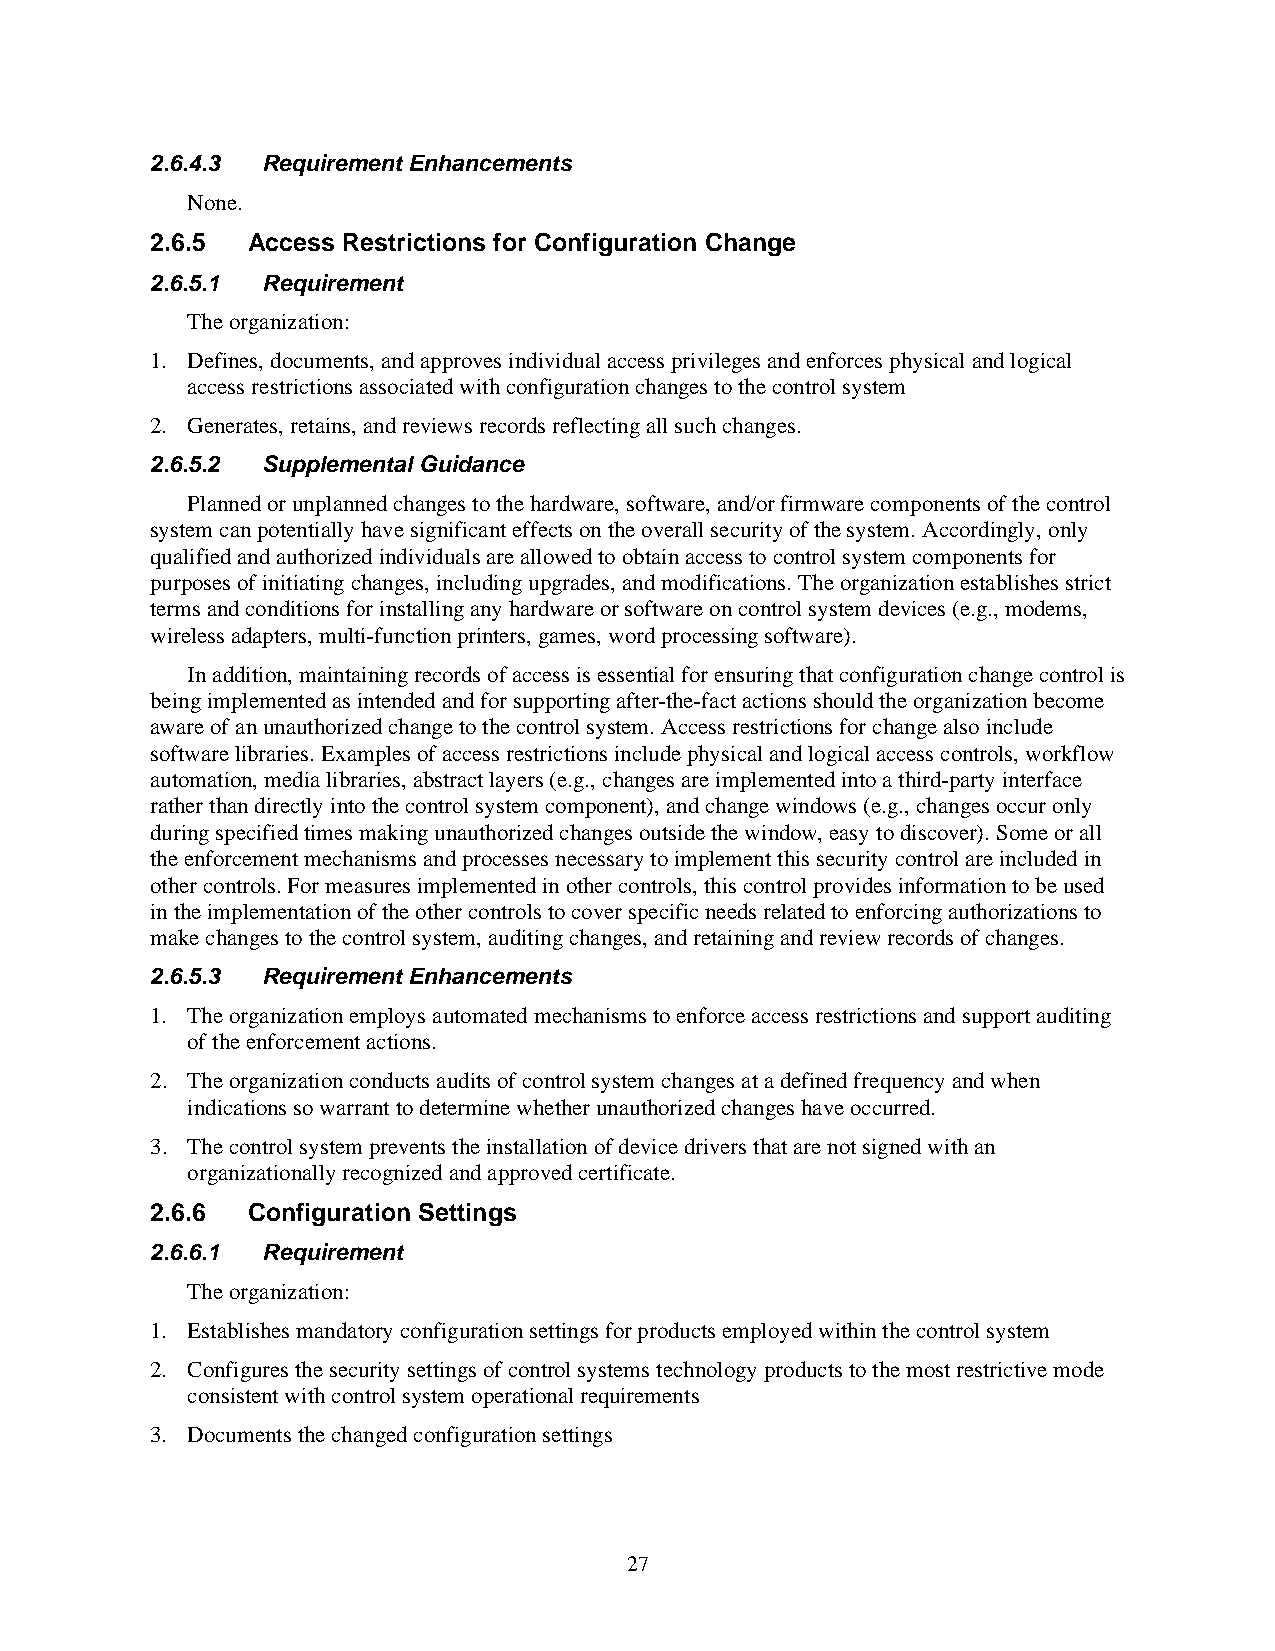
2.6.4.3 Requirement Enhancements
 None.
 2.6.5 Access Restrictions for Configuration Change
 2.6.5.1 Requirement
 The organization:
 1. Defines, documents, and approves individual access privileges and enforces physical and logical
 access restrictions associated with configuration changes to the control system
 2. Generates, retains, and reviews records reflecting all such changes.
 2.6.5.2 Supplemental Guidance
 Planned or unplanned changes to the hardware, software, and/or firmware components of the control
 system can potentially have significant effects on the overall security of the system. Accordingly, only
 qualified and authorized individuals are allowed to obtain access to control system components for
 purposes of initiating changes, including upgrades, and modifications. The organization establishes strict
 terms and conditions for installing any hardware or software on control system devices (e.g., modems,
 wireless adapters, multi-function printers, games, word processing software).
 In addition, maintaining records of access is essential for ensuring that configuration change control is
 being implemented as intended and for supporting after-the-fact actions should the organization become
 aware of an unauthorized change to the control system. Access restrictions for change also include
 software libraries. Examples of access restrictions include physical and logical access controls, workflow
 automation, media libraries, abstract layers (e.g., changes are implemented into a third-party interface
 rather than directly into the control system component), and change windows (e.g., changes occur only
 during specified times making unauthorized changes outside the window, easy to discover). Some or all
 the enforcement mechanisms and processes necessary to implement this security control are included in
 other controls. For measures implemented in other controls, this control provides information to be used
 in the implementation of the other controls to cover specific needs related to enforcing authorizations to
 make changes to the control system, auditing changes, and retaining and review records of changes.
 2.6.5.3 Requirement Enhancements
 1. The organization employs automated mechanisms to enforce access restrictions and support auditing
 of the enforcement actions.
 2. The organization conducts audits of control system changes at a defined frequency and when
 indications so warrant to determine whether unauthorized changes have occurred.
 3. The control system prevents the installation of device drivers that are not signed with an
 organizationally recognized and approved certificate.
 2.6.6 Configuration Settings
 2.6.6.1 Requirement
 The organization:
 1. Establishes mandatory configuration settings for products employed within the control system
 2. Configures the security settings of control systems technology products to the most restrictive mode
 consistent with control system operational requirements
 3. Documents the changed configuration settings
 27